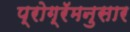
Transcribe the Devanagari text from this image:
प्रोग्रॅमनुसार